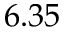
6 . 3 5